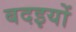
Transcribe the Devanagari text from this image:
बदइयों